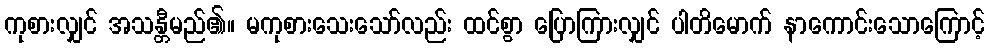
ကုစားလျှင် အသန္တီမည်၏။ မကုစားသေးသော်လည်း ထင်စွာ ပြောကြားလျှင် ပါတိမောက် နာကောင်းသောကြောင့်